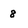
Character: 8